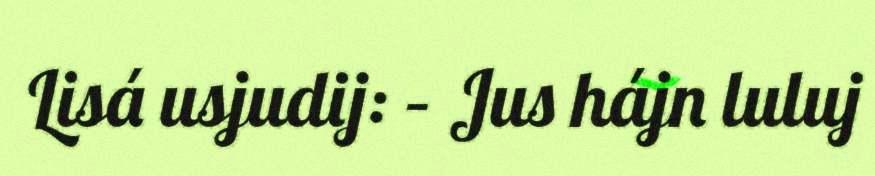
Lisá usjudij: – Jus hájn luluj